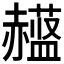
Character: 𲃈